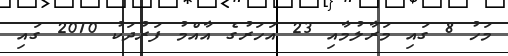
މަހު 8 ގައި މަރާލުމާއި 23 އަހަރުގެ އާއްމު ފަރުދަކު 2010 ގައި